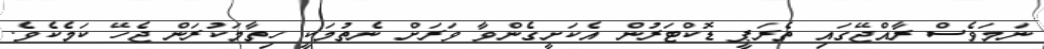
ނަމަވެސް ރާއްޖޭގައި ތެރަޕީ ޑޮކްޓަރުން އެކަށީގެންވާ ވަރަށް ނެތުމަކީ ހިތާމަކުރަން ޖެހޭ ކަމެކެވެ.